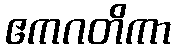
ဧကဂတိကာ